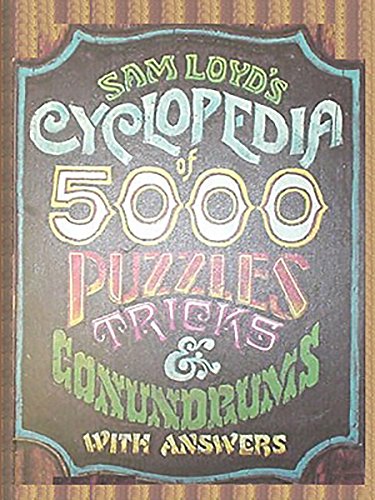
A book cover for Sam Loyd's Cyclopedia of 5000 Puzzles tricks and Conundrums with Answers; Sam Loyd; Crafts, Hobbies & Home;